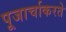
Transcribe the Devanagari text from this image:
पूजार्चाकरते